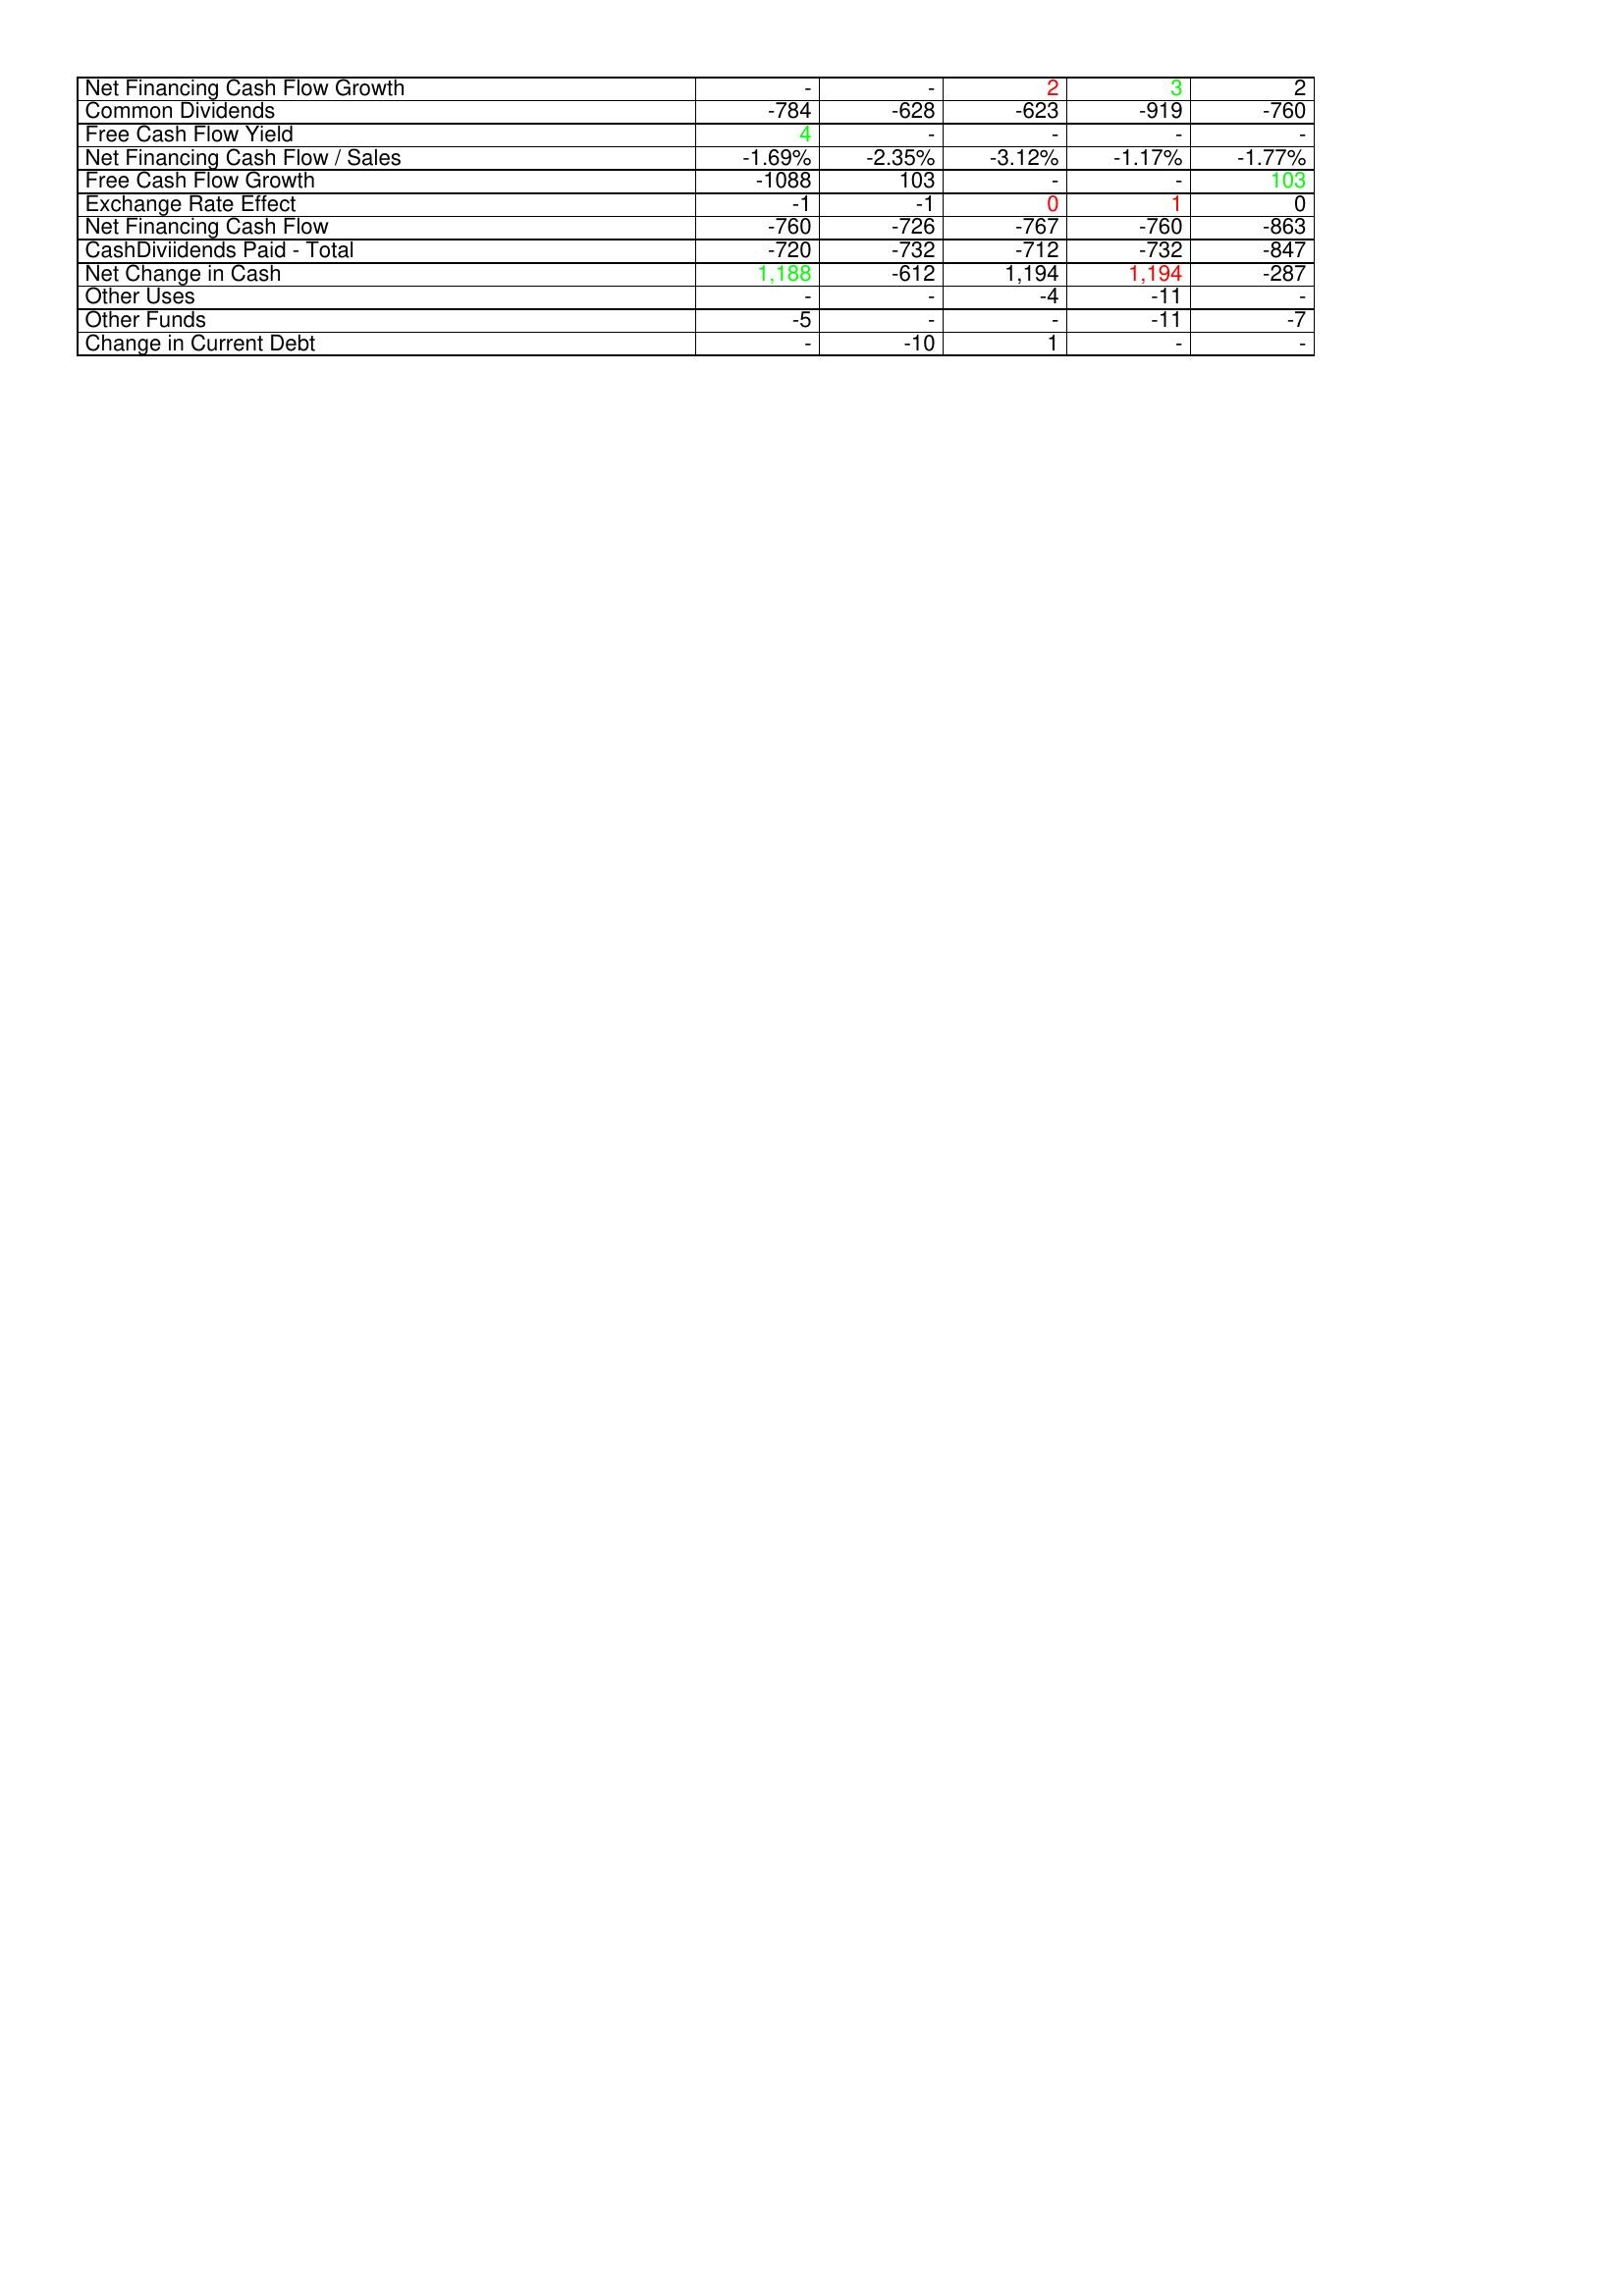
gt_parse: 2010: Financing Activities: Net Financing Cash Flow Growth: -
Common Dividends: -784
Free Cash Flow Yield: 4
Net Financing Cash Flow / Sales: -1.69%
Free Cash Flow Growth: -1088
Exchange Rate Effect: -1
Net Financing Cash Flow: -760
CashDiviidends Paid - Total: -720
Net Change in Cash: 1,188
Other Uses: -
Other Funds: -5
Change in Current Debt: -
2009: Financing Activities: Net Financing Cash Flow Growth: -
Common Dividends: -628
Free Cash Flow Yield: -
Net Financing Cash Flow / Sales: -2.35%
Free Cash Flow Growth: 103
Exchange Rate Effect: -1
Net Financing Cash Flow: -726
CashDiviidends Paid - Total: -732
Net Change in Cash: -612
Other Uses: -
Other Funds: -
Change in Current Debt: -10
2008: Financing Activities: Net Financing Cash Flow Growth: 2
Common Dividends: -623
Free Cash Flow Yield: -
Net Financing Cash Flow / Sales: -3.12%
Free Cash Flow Growth: -
Exchange Rate Effect: 0
Net Financing Cash Flow: -767
CashDiviidends Paid - Total: -712
Net Change in Cash: 1,194
Other Uses: -4
Other Funds: -
Change in Current Debt: 1
2007: Financing Activities: Net Financing Cash Flow Growth: 3
Common Dividends: -919
Free Cash Flow Yield: -
Net Financing Cash Flow / Sales: -1.17%
Free Cash Flow Growth: -
Exchange Rate Effect: 1
Net Financing Cash Flow: -760
CashDiviidends Paid - Total: -732
Net Change in Cash: 1,194
Other Uses: -11
Other Funds: -11
Change in Current Debt: -
2006: Financing Activities: Net Financing Cash Flow Growth: 2
Common Dividends: -760
Free Cash Flow Yield: -
Net Financing Cash Flow / Sales: -1.77%
Free Cash Flow Growth: 103
Exchange Rate Effect: 0
Net Financing Cash Flow: -863
CashDiviidends Paid - Total: -847
Net Change in Cash: -287
Other Uses: -
Other Funds: -7
Change in Current Debt: -